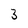
Character: 3